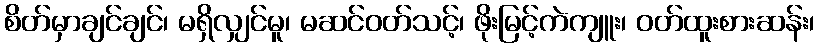
စိတ်မှာချင်ချင်၊ မရှိလျှင်မူ၊ မဆင်ဝတ်သင့်၊ ဖိုးမြင့်ကဲကျူး၊ ဝတ်ထူးစားဆန်း၊